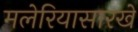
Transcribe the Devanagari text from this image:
मलेरियासारखे